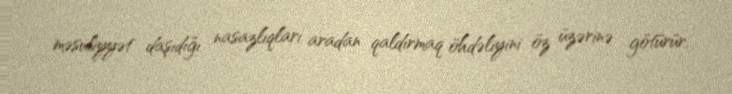
məsuliyyət daşıdığı nasazlıqları aradan qaldırmaq öhdəliyini öz üzərinə götürür.